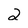
Character: 2